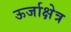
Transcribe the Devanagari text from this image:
ऊर्जाक्षेत्र